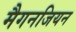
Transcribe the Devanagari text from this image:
मैगनजियन